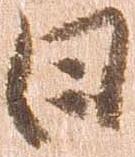
日